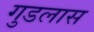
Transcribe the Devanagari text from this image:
गुडलास